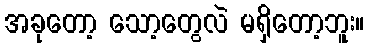
အခုတော့ သော့တွေလဲ မရှိတော့ဘူး။